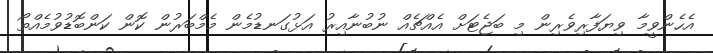
އެހެންވީމާ ވިޔަފާރިވެރިން މި ބަޖެޓަށް އެއްޗެއް ނުބުނާއިރު އަޅުގަނޑުމެން މެމްބަރުން ކޮން ކަންބޮޑުވުމެއްތޯ